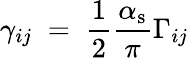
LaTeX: \gamma_{ij}\; =\; \frac 12\frac{\alpha_{\mathrm{s}}}{\pi}\Gamma_{ij}